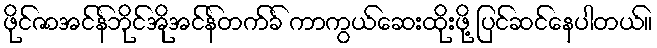
ဖိုင်ဇာအင်န်ဘိုင်အိုအင်န်တက်ခ် ကာကွယ်ဆေးထိုးဖို့ ပြင်ဆင်နေပါတယ်။